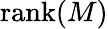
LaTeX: \mathrm{{rank}}(M)